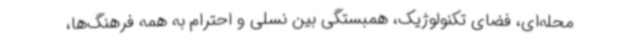
محله‌ای، فضای تکنولوژیک، همبستگی بین نسلی و احترام به همه فرهنگ‌ها،